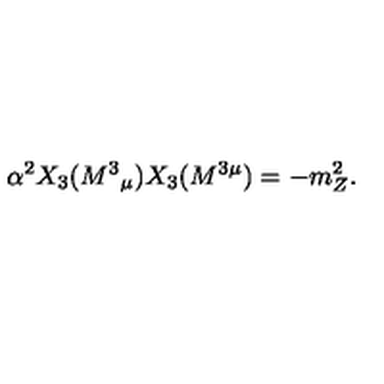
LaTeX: \alpha ^ { 2 } X _ { 3 } ( M ^ { 3 } { } _ { \mu } ) X _ { 3 } ( M ^ { 3 \mu } ) = - m _ { Z } ^ { 2 } .